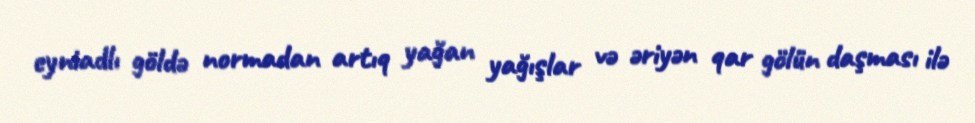
eyniadlı göldə normadan artıq yağan yağışlar və əriyən qar gölün daşması ilə